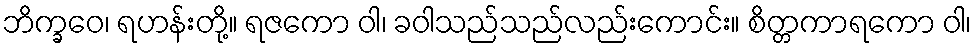
ဘိက္ခဝေ၊ ရဟန်းတို့။ ရဇကော ဝါ၊ ခဝါသည်သည်လည်းကောင်း။ စိတ္တကာရကော ဝါ၊